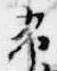
布